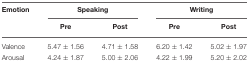
| Emotion | <COLSPAN=2> Speaking | <COLSPAN=2> Writing |
 |  | Pre | Post | Pre | Post |
 | --- | --- | --- | --- | --- |
 | Valence | 5.47 ± 1.56 | 4.71 ± 1.58 | 6.20 ± 1.42 | 5.02 ± 1.97 |
 | Arousal | 4.24 ± 1.87 | 5.00 ± 2.06 | 4.22 ± 1.99 | 5.20 ± 2.02 |